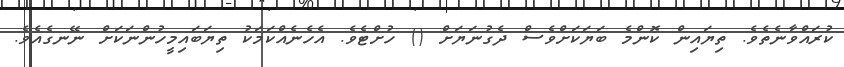
ކުރައްވާނެތެވެ. ތިޔައިން ކޮންމެ ބަޔަކަށްވެސް ދެގުނަޔަށް () ހުށްޓެވެ. އެހެނެއްކަމަކު ތިޔަބައިމީހުންނަކަށް ނޭނގެއެވެ.